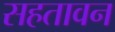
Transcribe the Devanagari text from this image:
सहतावन